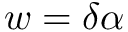
w = \delta \alpha